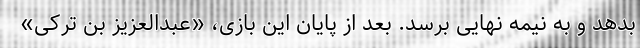
بدهد و به نیمه نهایی برسد. بعد از پایان این بازی، «عبدالعزیز بن ترکی»